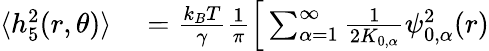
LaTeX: \begin{array}{rl}{\langle h_{5}^{2}(r,\theta)\rangle}&{{}=\frac{k_{B}T}{\gamma}\frac{1}{\pi}\Big[\sum_{\alpha=1}^{\infty}\frac{1}{2K_{0,\alpha}}\psi_{0,\alpha}^{2}(r)}\end{array}